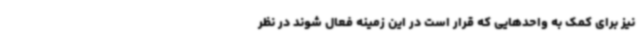
نیز برای کمک به واحدهایی که قرار است در این زمینه فعال شوند در نظر